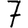
Digit: 7